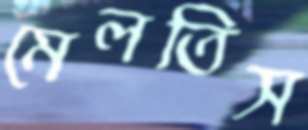
মেলতিস